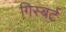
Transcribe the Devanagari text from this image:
गिस्बर्ट